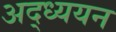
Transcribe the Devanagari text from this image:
अद्ध्ययन